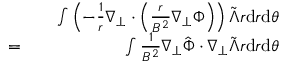
\begin{array} { r l r } & { } & { \int \left( - \frac { 1 } { r } \nabla _ { \perp } \cdot \left( \frac { r } { B ^ { 2 } } \nabla _ { \perp } \Phi \right) \right) \tilde { \Lambda } r \mathrm { d } r \mathrm { d } \theta } \\ { = } & { } & { \int \frac { 1 } { B ^ { 2 } } \nabla _ { \perp } \hat { \Phi } \cdot \nabla _ { \perp } \tilde { \Lambda } r \mathrm { d } r \mathrm { d } \theta } \end{array}